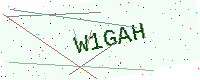
Text: W1GAH